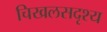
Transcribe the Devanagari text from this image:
चिखलसदृश्य